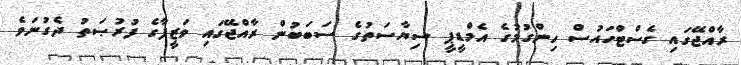
ރާއްޖޭގައި ގެސްޓްހައުސް ހިންގުމުގެ އެމްޑީޕީ ސިޔާސަތުގެ ސަބަބުން ރާއްޖޭގައި ވަޒީފާގެ ފުރުޞަތު ދެގުނަވެ